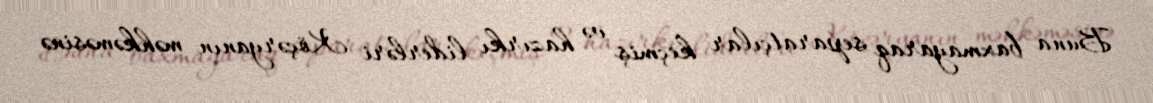
Buna baxmayaraq separatçılar keçmiş və hazırkı liderləri Köçəryanın məhkəməsinə